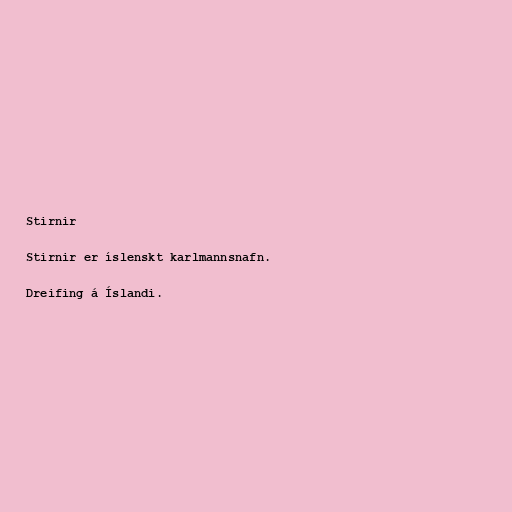
Stirnir

Stirnir er íslenskt karlmannsnafn.

Dreifing á Íslandi.